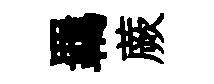
羈蕨